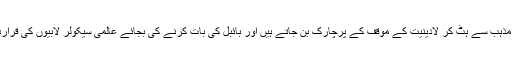
البتہ اس وقت ہمیں ضرور تکلیف ہوتی ہے جب بعض مسیحی رہنما مذہب سے ہٹ کر لادینیت کے موقف کے پرچارک بن جاتے ہیں اور بائبل کی بات کرنے کی بجائے عالمی سیکولر لابیوں کی قراردادیں ہاتھوں میں اٹھائے انہیں ہم سے منوانے کی کوشش کرتے ہیں۔